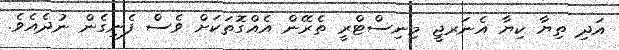
އަދި ތިޔާ ކިޔާ އެނަރޖީ މިނިސްޓްރީ ތެރޭން އެއްގޮތަކަށް ވެސް ފެނިގެން ނުދެއެެވެ.